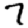
Digit: 7